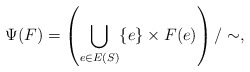
\begin{align*} \Psi(F)= \left(\bigcup_{e\in E(S)}\{e\}\times F(e)\right)/\sim,\end{align*}